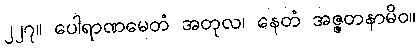
၂၂၇။ ပေါရာဏမေတံ အတုလ၊ နေတံ အဇ္ဇတနာမိဝ။